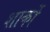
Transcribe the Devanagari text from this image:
शार्को